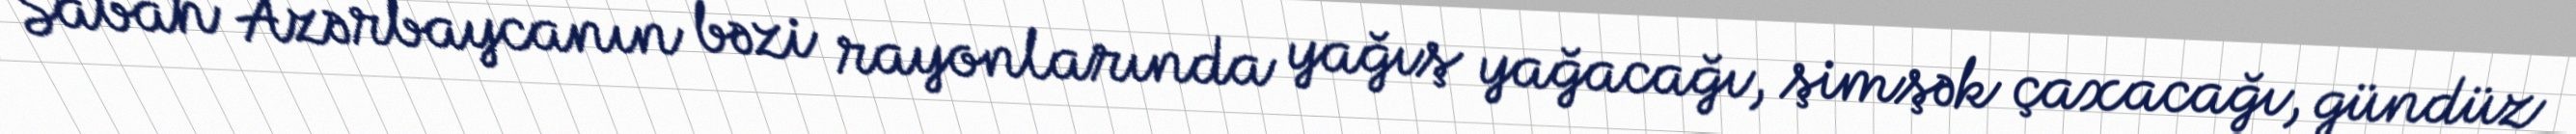
Sabah Azərbaycanın bəzi rayonlarında yağış yağacağı, şimşək çaxacağı, gündüz